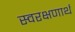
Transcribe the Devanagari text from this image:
स्वरक्षणार्थ